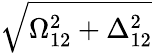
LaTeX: \sqrt{\Omega_{12}^{2}+\Delta_{12}^{2}}